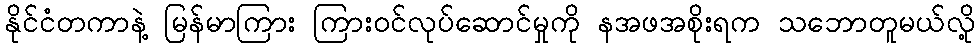
နိုင်ငံတကာနဲ့ မြန်မာကြား ကြားဝင်လုပ်ဆောင်မှုကို နအဖအစိုးရက သဘောတူမယ်လို့